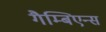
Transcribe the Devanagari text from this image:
गैम्बिएन्स